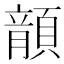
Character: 𩔍